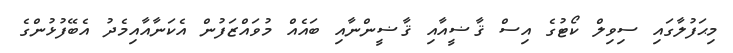
މިޙަފުލާގައި ސިވިލް ކޯޓުގެ އިސް ޤާޟީއާއި ޤާޟީންނާއި ބައެއް މުވައްޒަފުން އެކަނާއާއިމެދު އެބޭފުޅުންގެ